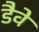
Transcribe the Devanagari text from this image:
डैवे